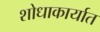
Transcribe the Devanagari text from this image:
शोधाकार्यात